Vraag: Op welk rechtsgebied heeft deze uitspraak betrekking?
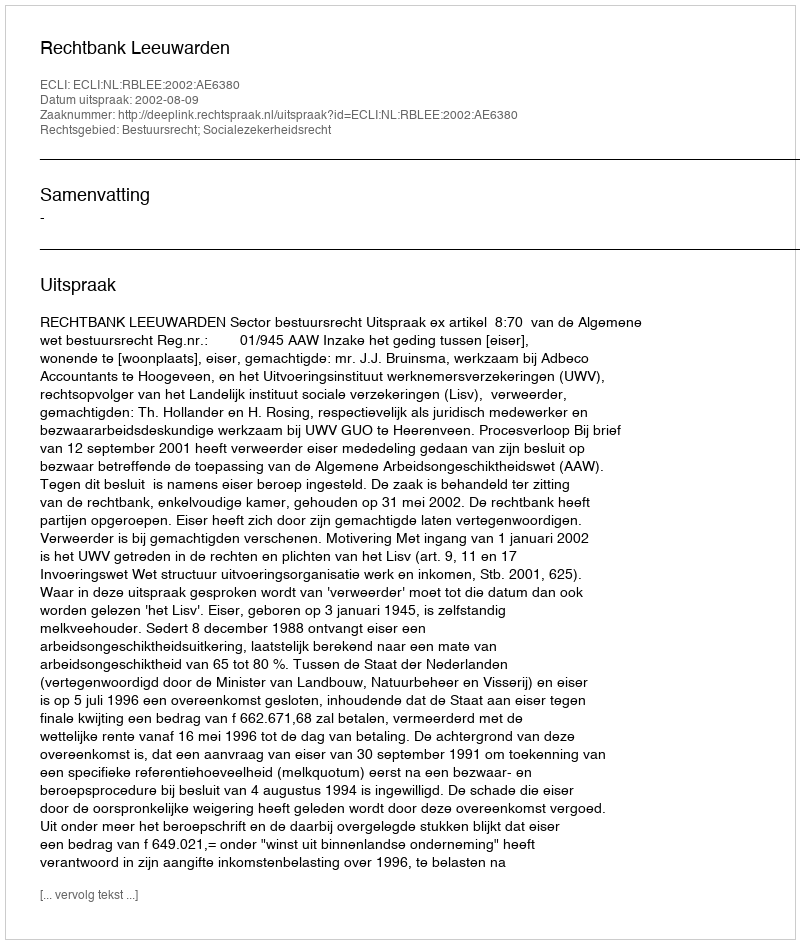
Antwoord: Bestuursrecht; Socialezekerheidsrecht